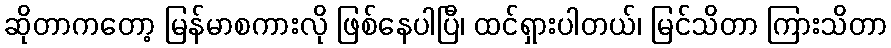
ဆိုတာကတော့ မြန်မာစကားလို ဖြစ်နေပါပြီ၊ ထင်ရှားပါတယ်၊ မြင်သိတာ ကြားသိတာ